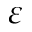
\varepsilon